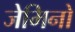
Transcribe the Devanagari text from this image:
जेमिनो